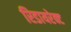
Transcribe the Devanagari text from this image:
रिडायरेक्ट